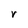
Character: V